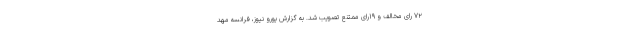
۷۲ رای مخالف و ۱۹رای ممتنع تصویب شد. به گزارش یورو نیوز، فرانسه مهد